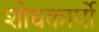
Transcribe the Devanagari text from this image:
शोधकार्यो